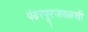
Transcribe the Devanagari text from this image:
पंढरपूरजवळची